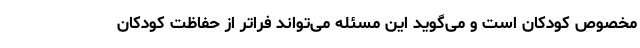
مخصوص کودکان است و می‌گوید این مسئله می‌تواند فراتر از حفاظت کودکان